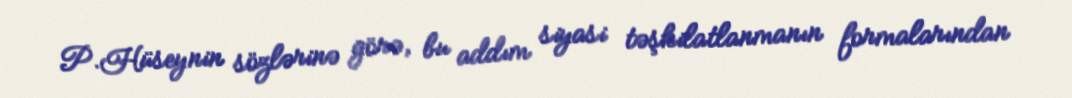
P.Hüseynin sözlərinə görə, bu addım siyasi təşkilatlanmanın formalarından